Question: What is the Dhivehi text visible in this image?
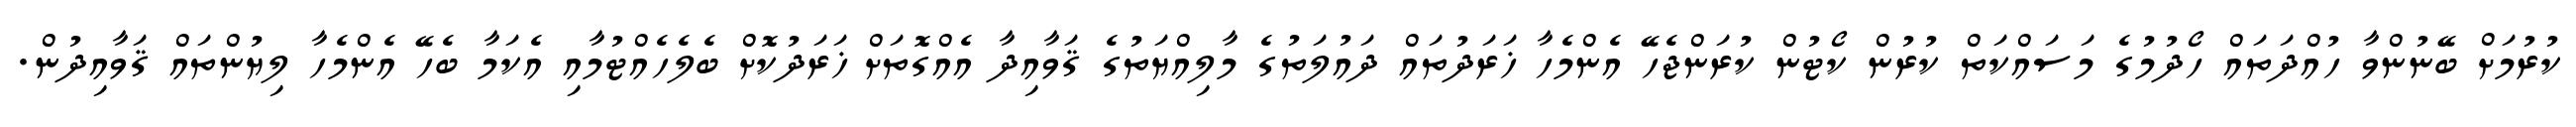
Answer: ކުރުމަށް ބޭނުންވާ ހުއްދަތައް ހޯދުމުގެ މަސައްކަތް ކުރުން ކޯޓުން ކުރަންޖެހޭ އެންމެހާ ޚަރަދުތައް ދައުލަތުގެ މާލިއްޔަތުގެ ޤަވާއިދާ އެއްގޮތަށް ޚަރަދުކޮށް ބެލެހެއްޓުމާއި އެކަމާ ބެހޭ އެންމެހާ ލިޔުންތައް ޤަވާއިދުން.